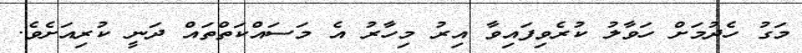
މަގު ހެދުމަށް ހަވާލު ކުރެވިފައިވާ އިރު މިހާރު އެ މަސައްކަތްތައް ދަނީ ކުރިއަށެވެ.